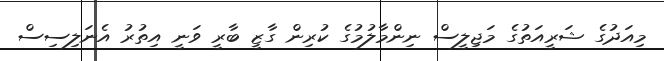
މިއަދުގެ ޝަރީއަތުގެ މަޖިލީސް ނިންމާލުމުގެ ކުރިން ގާޒީ ބާރީ ވަނީ އިތުރު އެނަލިސިސް